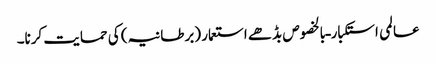
عالمی استکبار ـ بالخصوص بڈھے استعمار (برطانیہ) کی حمایت کرنا۔